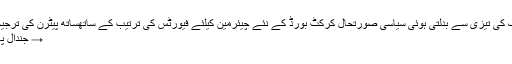
ذرائع کےمطابق ملک کی تیزی سے بدلتی ہوئی سیاسی صورتحال کرکٹ بورڈ کے نئے چیئرمین کیلئے فیورٹس کی ترتیب کے ساتھساتھ پیٹرن کی ترجیحات بھی بدلیں گی :-
→ جندال پاکستان کیا کرنے آیا؟